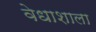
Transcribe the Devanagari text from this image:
वेधाशाला